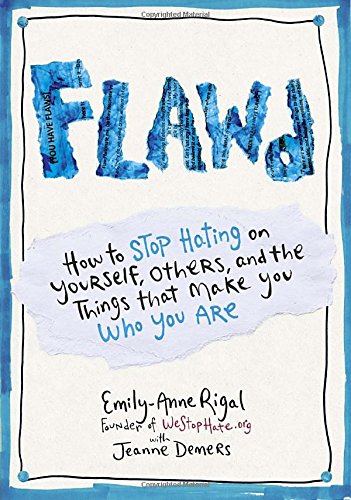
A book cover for FLAWD: How to Stop Hating on Yourself, Others, and the Things That Make You Who You Are; Emily-Anne Rigal; Self-Help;